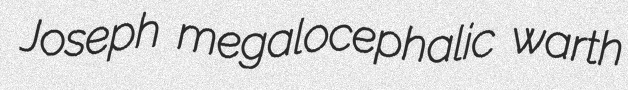
Joseph megalocephalic warth